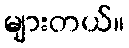
များတယ်။